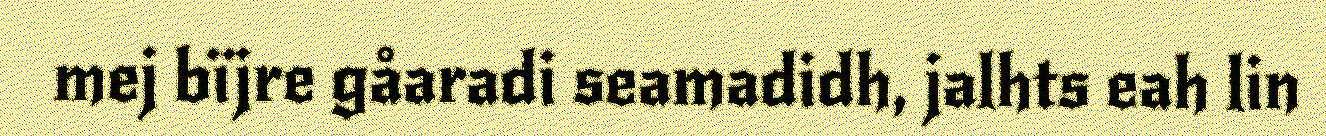
mej bïjre gåaradi seamadidh, jalhts eah lin